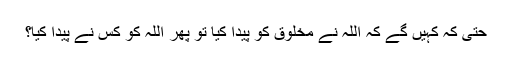
حتی کہ کہیں گے کہ اللہ نے مخلوق کو پیدا کیا تو پھر اللہ کو کس نے پیدا کیا؟